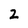
Character: 2